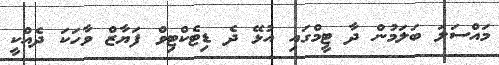
މައްސަލަ ބަލަމުން ދާ ޓީމްގައި އުޅޭ ދެ ޑިޓެކްޓިވް ފަޔާޒް ވާހަކަ ދެއްކީ